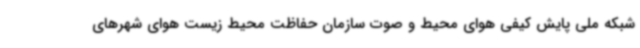
شبکه ملی پایش کیفی هوای محیط و صوت سازمان حفاظت محیط زیست هوای شهرهای